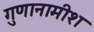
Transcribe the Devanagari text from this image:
गुणानामीश